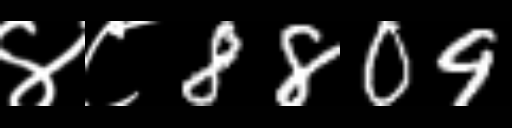
Text: ४८8809